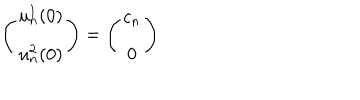
\left( \begin{array} { c } { { u _ { n } ^ { 1 } ( 0 ) } } \\ { { u _ { n } ^ { 2 } ( 0 ) } } \\ \end{array} \right) = \left( \begin{array} { c } { { c _ { n } } } \\ { { 0 } } \\ \end{array} \right)